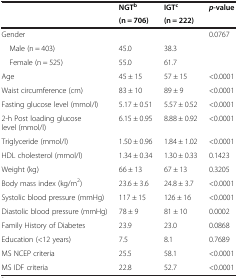
<table><thead><tr><td rowspan="2"><b> </b></td><td><b>NGT<sup>b</sup></b></td><td><b>IGT<sup>c</sup></b></td><td rowspan="2"><b><i>p</i>-value</b></td></tr><tr><td><b>(n = 706)</b></td><td><b>(n = 222)</b></td></tr></thead><tbody><tr><td>Gender</td><td> </td><td> </td><td>0.0767</td></tr><tr><td> Male (n = 403)</td><td>45.0</td><td>38.3</td><td> </td></tr><tr><td> Female (n = 525)</td><td>55.0</td><td>61.7</td><td> </td></tr><tr><td>Age</td><td>45 ± 15</td><td>57 ± 15</td><td>&lt;0.0001</td></tr><tr><td>Waist circumference (cm)</td><td>83 ± 10</td><td>89 ± 9</td><td>&lt;0.0001</td></tr><tr><td>Fasting glucose level (mmol/l)</td><td>5.17 ± 0.51</td><td>5.57 ± 0.52</td><td>&lt;0.0001</td></tr><tr><td>2-h Post loading glucose level (mmol/l)</td><td>6.15 ± 0.95</td><td>8.88 ± 0.92</td><td>&lt;0.0001</td></tr><tr><td>Triglyceride (mmol/l)</td><td>1.50 ± 0.96</td><td>1.84 ± 1.02</td><td>&lt;0.0001</td></tr><tr><td>HDL cholesterol (mmol/l)</td><td>1.34 ± 0.34</td><td>1.30 ± 0.33</td><td>0.1423</td></tr><tr><td>Weight (kg)</td><td>66 ± 13</td><td>67 ± 13</td><td>0.3205</td></tr><tr><td>Body mass index (kg/m<sup>2</sup>)</td><td>23.6 ± 3.6</td><td>24.8 ± 3.7</td><td>&lt;0.0001</td></tr><tr><td>Systolic blood pressure (mmHg)</td><td>117 ± 15</td><td>126 ± 16</td><td>&lt;0.0001</td></tr><tr><td>Diastolic blood pressure (mmHg)</td><td>78 ± 9</td><td>81 ± 10</td><td>0.0002</td></tr><tr><td>Family History of Diabetes</td><td>23.9</td><td>23.0</td><td>0.0868</td></tr><tr><td>Education (&lt;12 years)</td><td>7.5</td><td>8.1</td><td>0.7689</td></tr><tr><td>MS NCEP criteria</td><td>25.5</td><td>58.1</td><td>&lt;0.0001</td></tr><tr><td>MS IDF criteria</td><td>22.8</td><td>52.7</td><td>&lt;0.0001</td></tr></tbody></table>